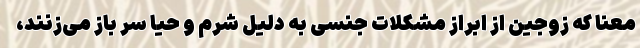
معنا که زوجین از ابراز مشکلات جنسی به دلیل شرم و حیا سر باز می‌زنند،